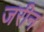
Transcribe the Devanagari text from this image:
जरीन